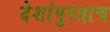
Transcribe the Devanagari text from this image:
देशांपुरताच